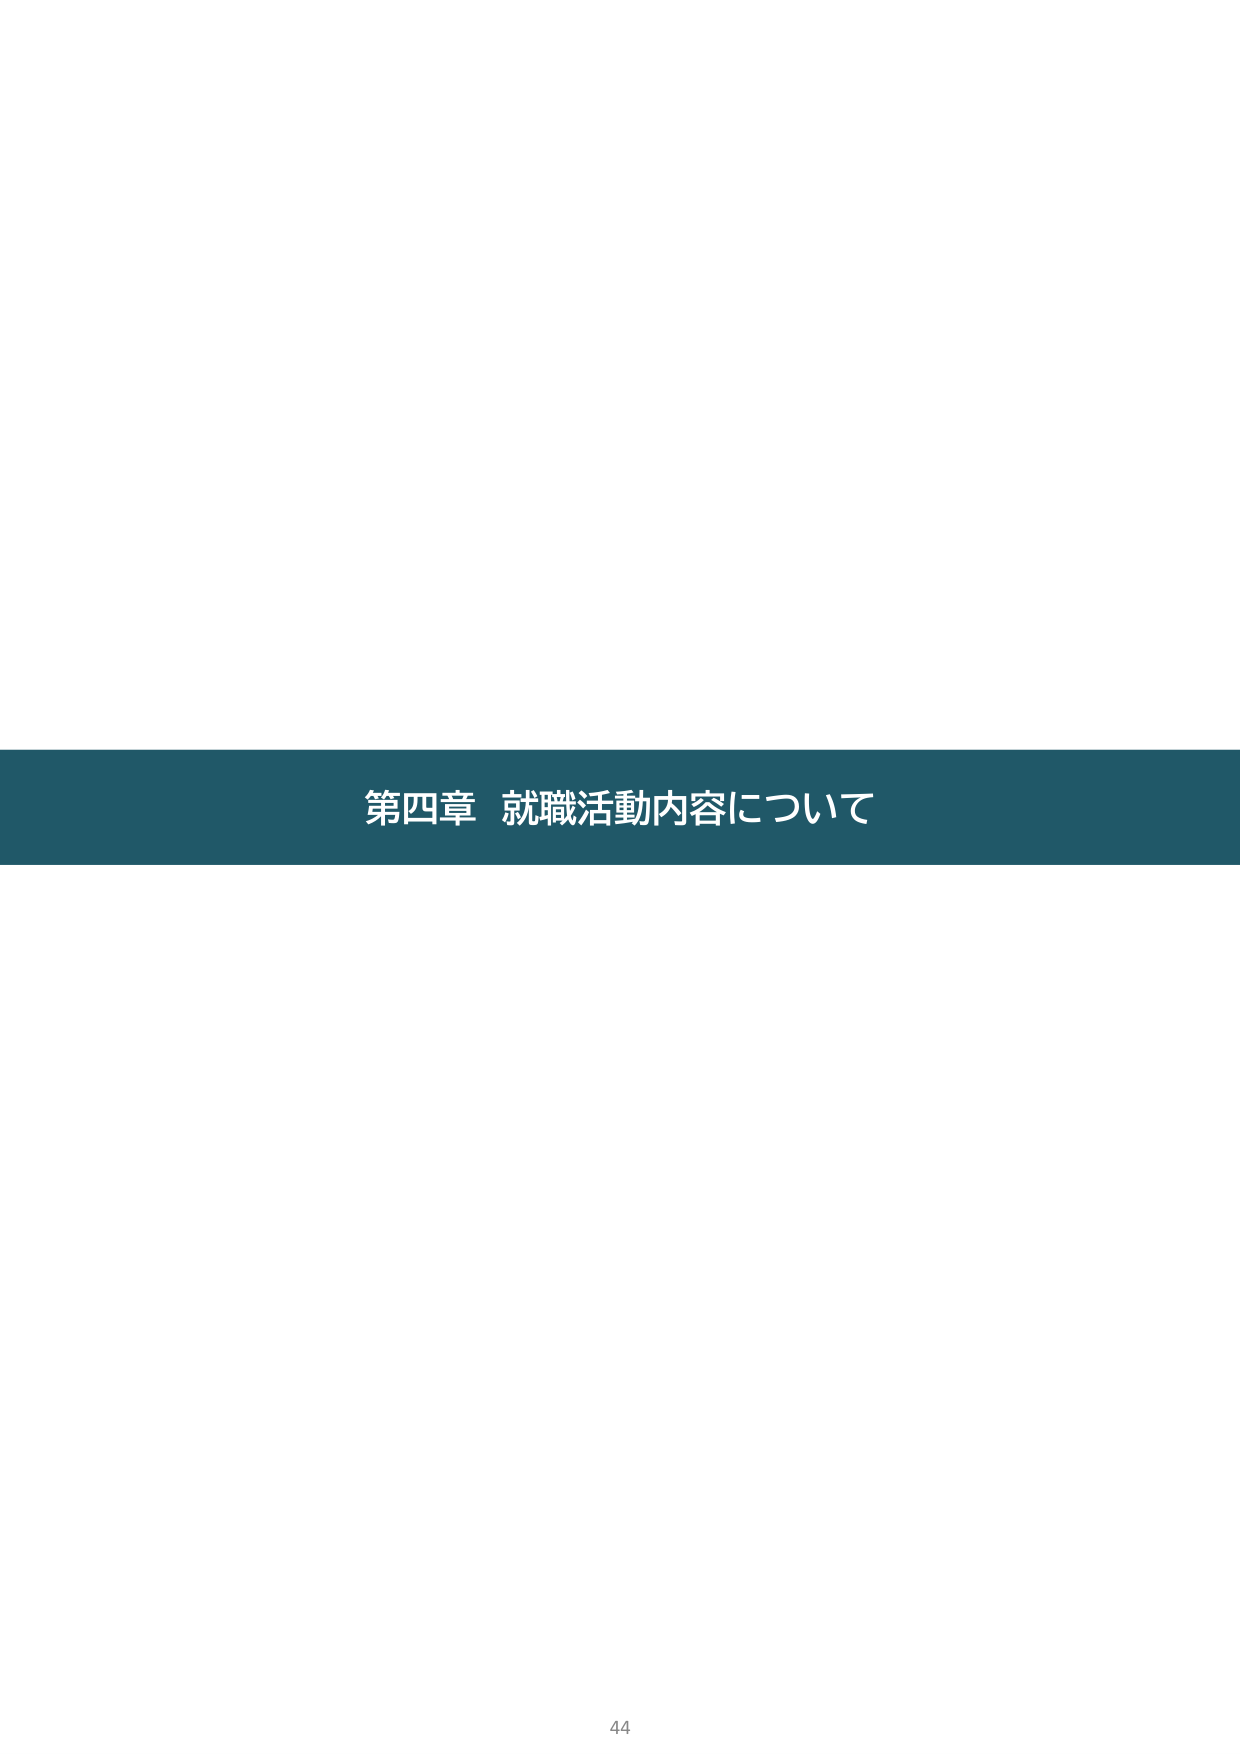
第四章 就職活動内容について
44